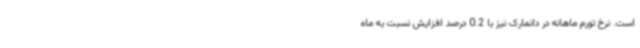
است. نرخ تورم ماهانه در دانمارک نیز با 0.2 درصد افزایش نسبت به ماه